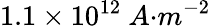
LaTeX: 1.1\times{10}^{12}\ {A}{{·}}{{m}}^{{-2}}